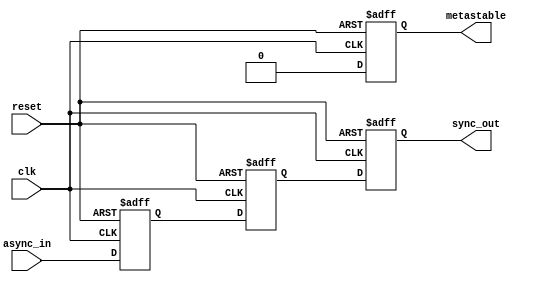
module metastability_detector (
    input wire async_in,  // Asynchronous input signal
    input wire clk,       // Synchronous clock signal
    input wire reset,     // Asynchronous reset signal
    output reg sync_out,  // Synchronized output signal
    output reg metastable  // Metastability indicator
);

    // Internal signals for the first and second flip-flops
    reg out1, out2;

    always @(posedge clk or posedge reset) begin
        if (reset) begin
            out1 <= 1'b0;  // Initialize FF1 output
            metastable <= 1'b0;  // Reset metastability indicator
        end else begin
            out1 <= async_in;  // Sample asynchronous input
            // Check for metastability condition: if out1 is changing
            // This is a simplistic approach, in practice you'd need to monitor the output over time
            if (out1 !== out1) begin
                metastable <= 1'b1;  // Indicate metastability
            end else begin
                metastable <= 1'b0;  // Clear metastability indication
            end
        end
    end

    always @(posedge clk or posedge reset) begin
        if (reset) begin
            out2 <= 1'b0;  // Initialize FF2 output
            sync_out <= 1'b0;  // Initialize output
        end else begin
            out2 <= out1;   // Sample output of FF1
            sync_out <= out2;  // Output of FF2 is the synchronized output
        end
    end

endmodule